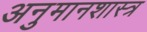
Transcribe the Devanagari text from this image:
अनुमानशास्त्र